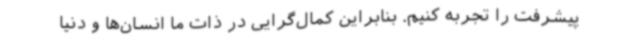
پیشرفت را تجربه کنیم. بنابراین کمال‌گرایی در ذات ما انسان‌ها و دنیا